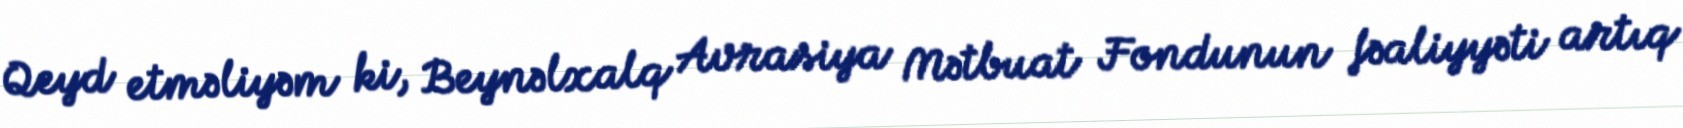
Qeyd etməliyəm ki, Beynəlxalq Avrasiya Mətbuat Fondunun fəaliyyəti artıq